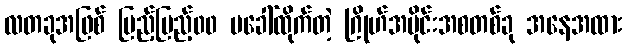
လတခုအဖြစ် ပြည့်ပြည့်၀၀ မခေါ်ထိုက်တဲ့ ဂြိုဟ်အပိုင်းအစတစ်ခု အနေအထား